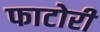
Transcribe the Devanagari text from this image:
फाटोरी